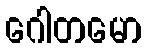
ဂေါတမော